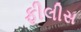
ફીલીસ